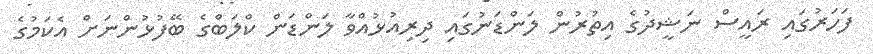
ފަހަރުގައި ރައީސް ނަޝީދުގެ އިތުރުން ލަންޑަނުގައި ދިރިއުޅުއްވާ ލަންޑަން ކްލަބްގެ ބޭފުޅުންނަށް އެކަމުގެ